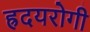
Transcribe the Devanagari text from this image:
ह्रदयरोगी